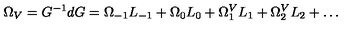
\Omega _ { V } = G ^ { - 1 } d G = \Omega _ { - 1 } L _ { - 1 } + \Omega _ { 0 } L _ { 0 } + \Omega _ { 1 } ^ { V } L _ { 1 } + \Omega _ { 2 } ^ { V } L _ { 2 } + \ldots